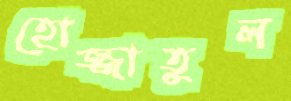
হোজ্জাতুল